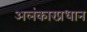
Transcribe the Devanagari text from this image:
अलंकारप्रधान